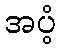
အပံ့